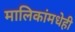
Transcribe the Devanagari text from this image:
मालिकांमधेही